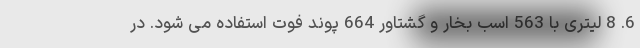
6. 8 لیتری با 563 اسب بخار و گشتاور 664 پوند فوت استفاده می شود. در